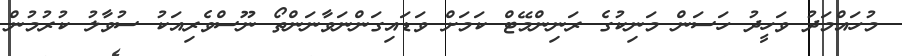
މުހައްމަދު ވަހީދު ހަސަން މަނިކުގެ ރަނިންމޭޓް ކަމަށް ވަޑައިގަންނަވާނަންތޯ ނޫސްވެރިއަކު ސުވާލު ކުރުމުން